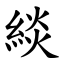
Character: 緂